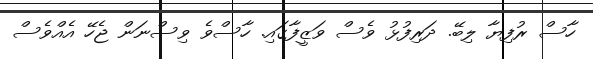
ހާސް ރުފިޔާ ލިބޭ. ދަރިފުޅު ވެސް ވަޒީފާގައި. ހާސްވެ ވިސްނަން ޖެހޭ އެއްވެސް